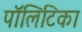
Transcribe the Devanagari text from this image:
पॉलिटिका